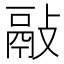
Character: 𢾿